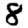
Digit: 8